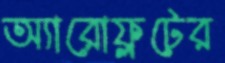
অ্যারোফ্লটের